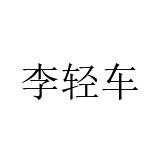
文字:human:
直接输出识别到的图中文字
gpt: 李轻车